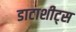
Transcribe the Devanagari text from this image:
डाटाशीट्स